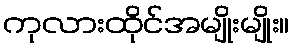
ကုလားထိုင်အမျိုးမျိုး။